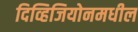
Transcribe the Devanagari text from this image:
दिव्हिजियोनमधील